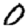
Digit: 0